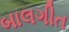
બાલગીત